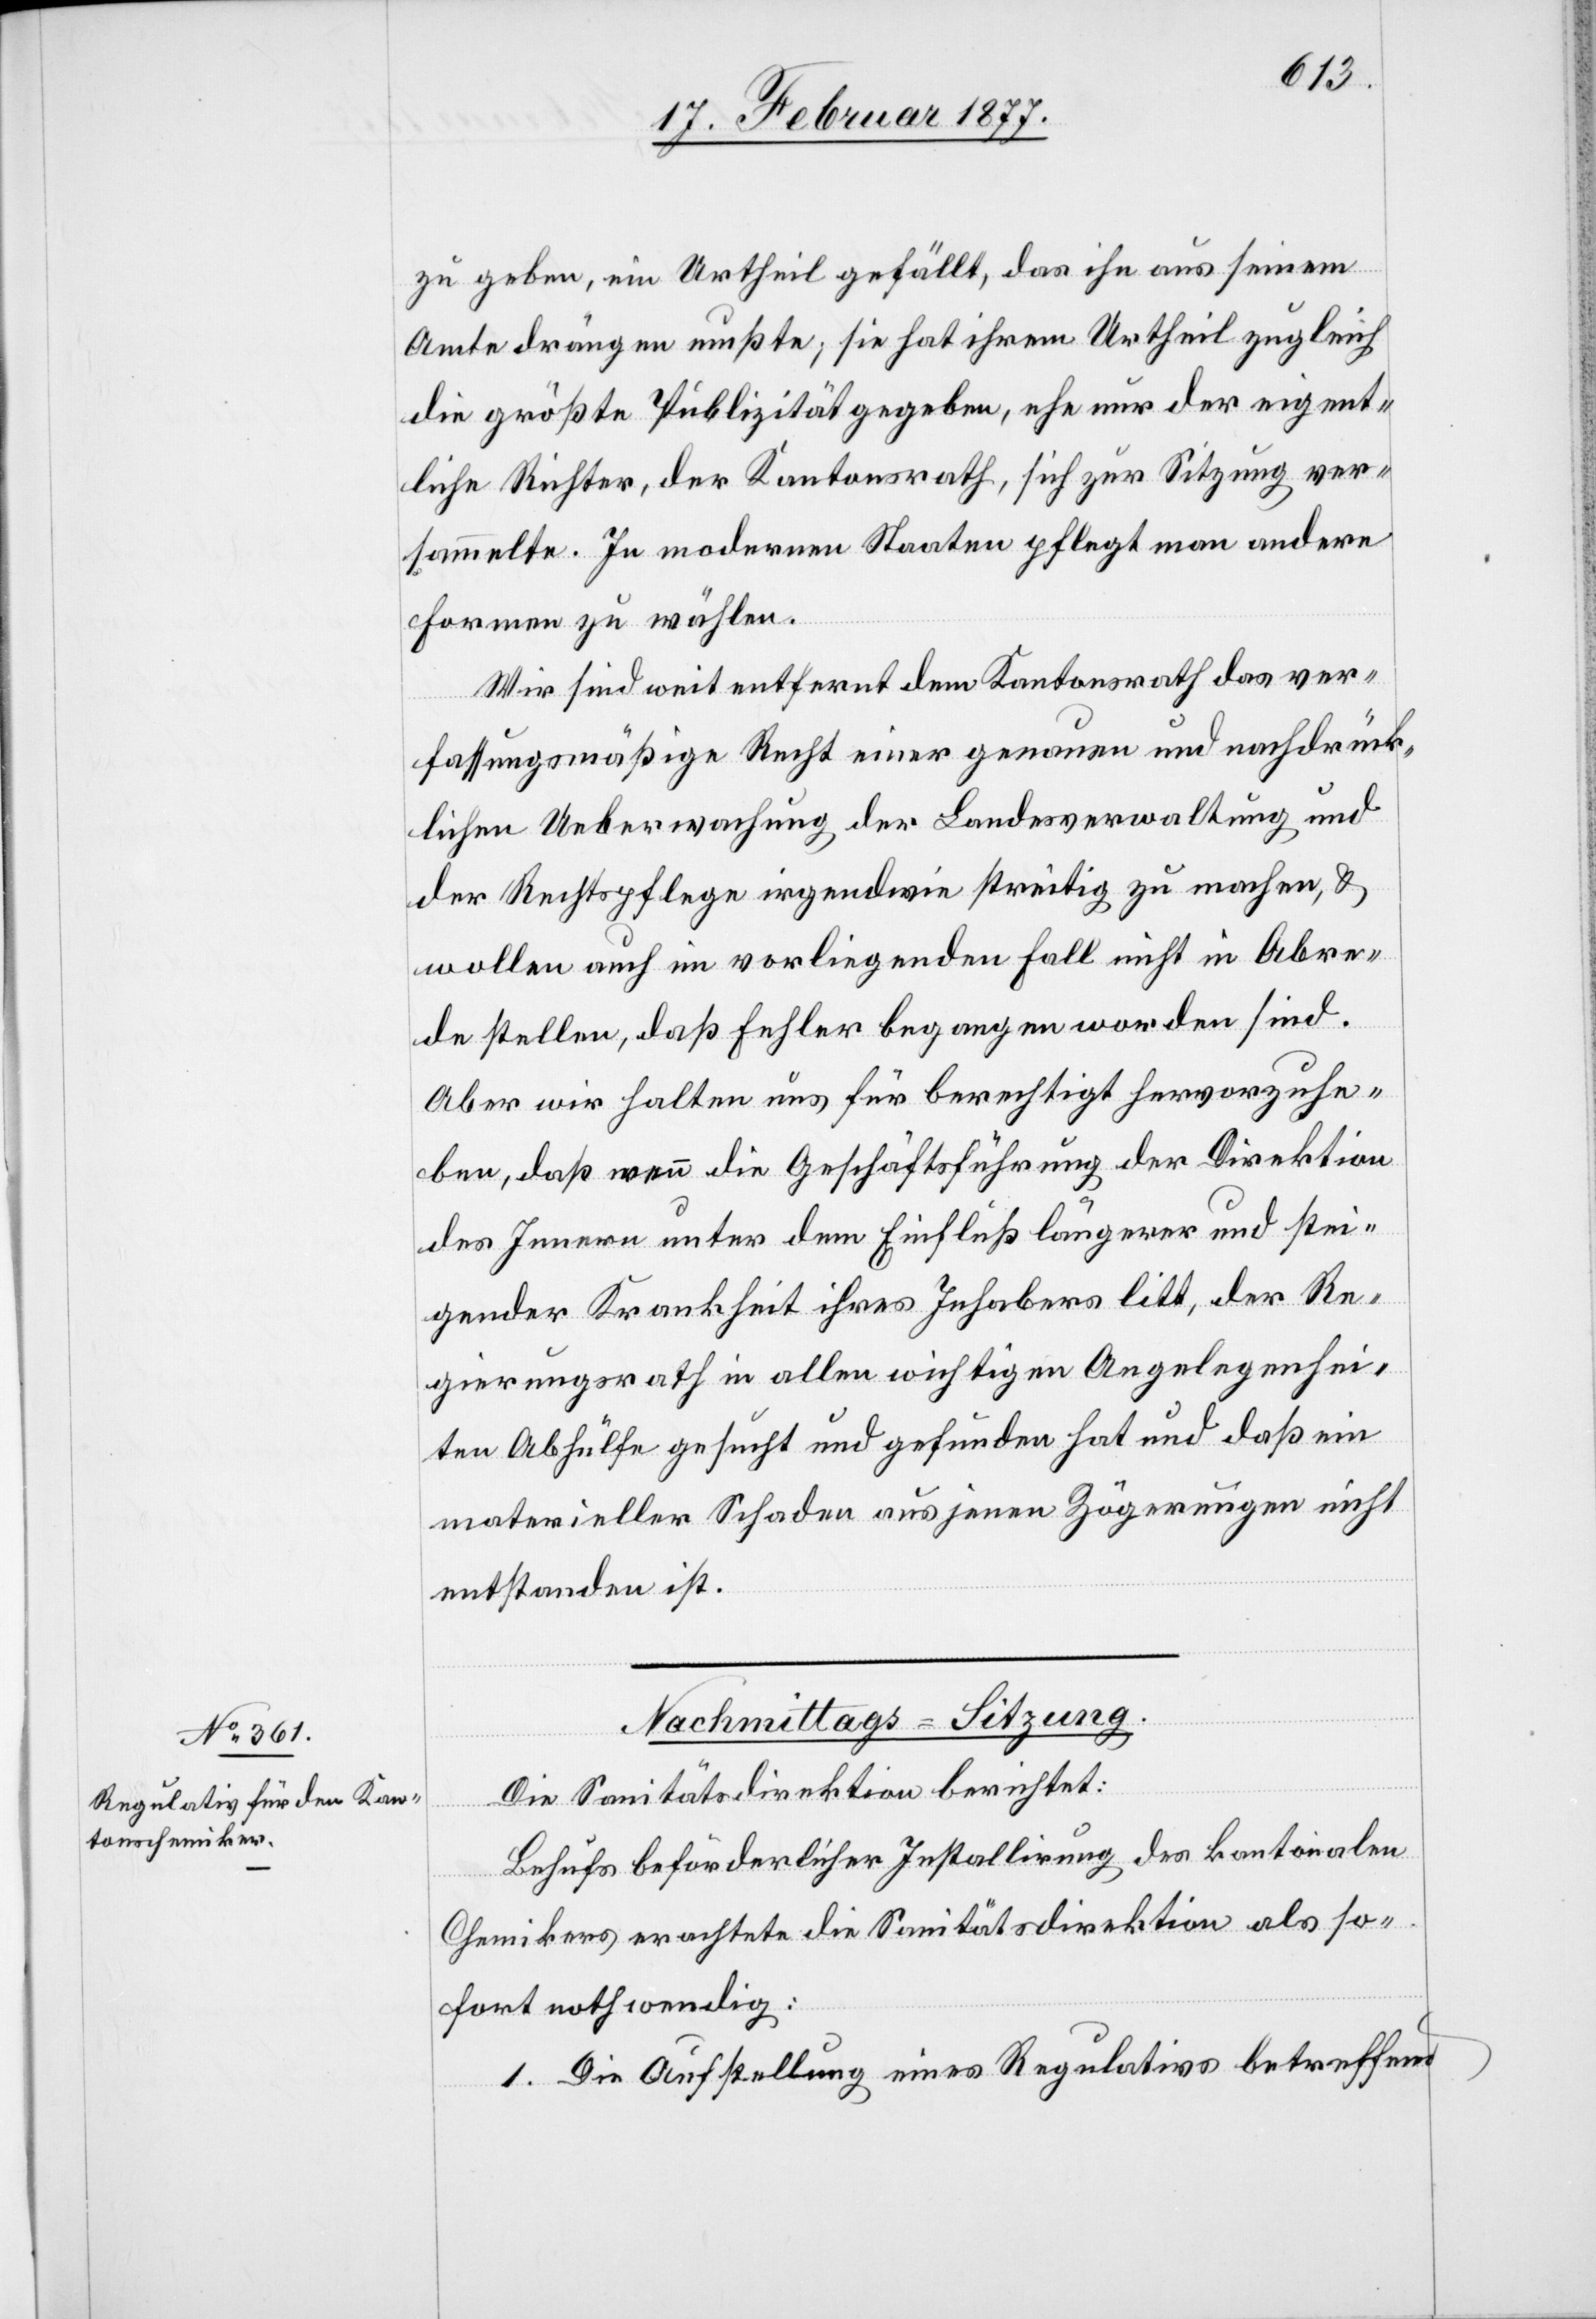
zu geben, ein Urtheil gefällt, das ihn aus seinem
Amte drängen mußte; sie hat ihrem Urtheil zugleich
die größte Publizität gegeben, ehe nur der eigent¬
liche Richter, der Kantonsrath, sich zur Sitzung ver¬
sammelte. In modernen Staaten pflegt man andere
Formen zu wählen.
Wir sind weit entfernt dem Kantonsrath das ver¬
fassungsmäßige Recht einer genauen und nachdrück¬
lichen Ueberwachung der Landesverwaltung und
der Rechtspflege irgendwie streitig zu machen, &
wollen auch im vorliegende Fall nicht in Abre¬
de stellen, daß Fehler begangen worden sind.
Aber wir halten uns für berechtigt hervorzuhe¬
ben, daß wenn die Geschäftsführung der Direktion
des Innern unter dem Einfluß längerer und stei¬
gender Krankheit ihres Inhabers litt, der Re¬
gierungsrath in allen wichtigen Angelegenhei¬
ten Abhülfe gesucht und gefunden hat und daß ein
materieller Schaden aus jenen Zögerungen nicht
entstanden ist.
Die Sanitätsdirektion berichtet:
Behufs beförderlicher Installirung des kantonalen
Chemikers erachtete die Sanitätsdirektion als so¬
fort nothwendig:
1. Die Aufstellung eines Regulativs betreffend